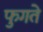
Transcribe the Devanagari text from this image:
फुगते